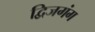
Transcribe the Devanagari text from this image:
द्विजगंग